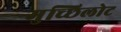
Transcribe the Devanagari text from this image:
मुच्छिलोट